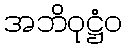
အဘိဝုဋ္ဌံဝ